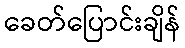
ခေတ်ပြောင်းချိန်